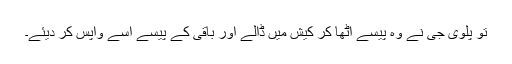
تو پلوی جی نے وہ پیسے اُٹھا کر کیش میں ڈالے اور باقی کے پیسے اسے واپس کر دیئے۔